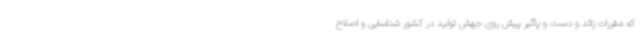
که مقررات زائد و دست و پاگیر پیش روی جهش تولید در کشور شناسایی و اصلاح